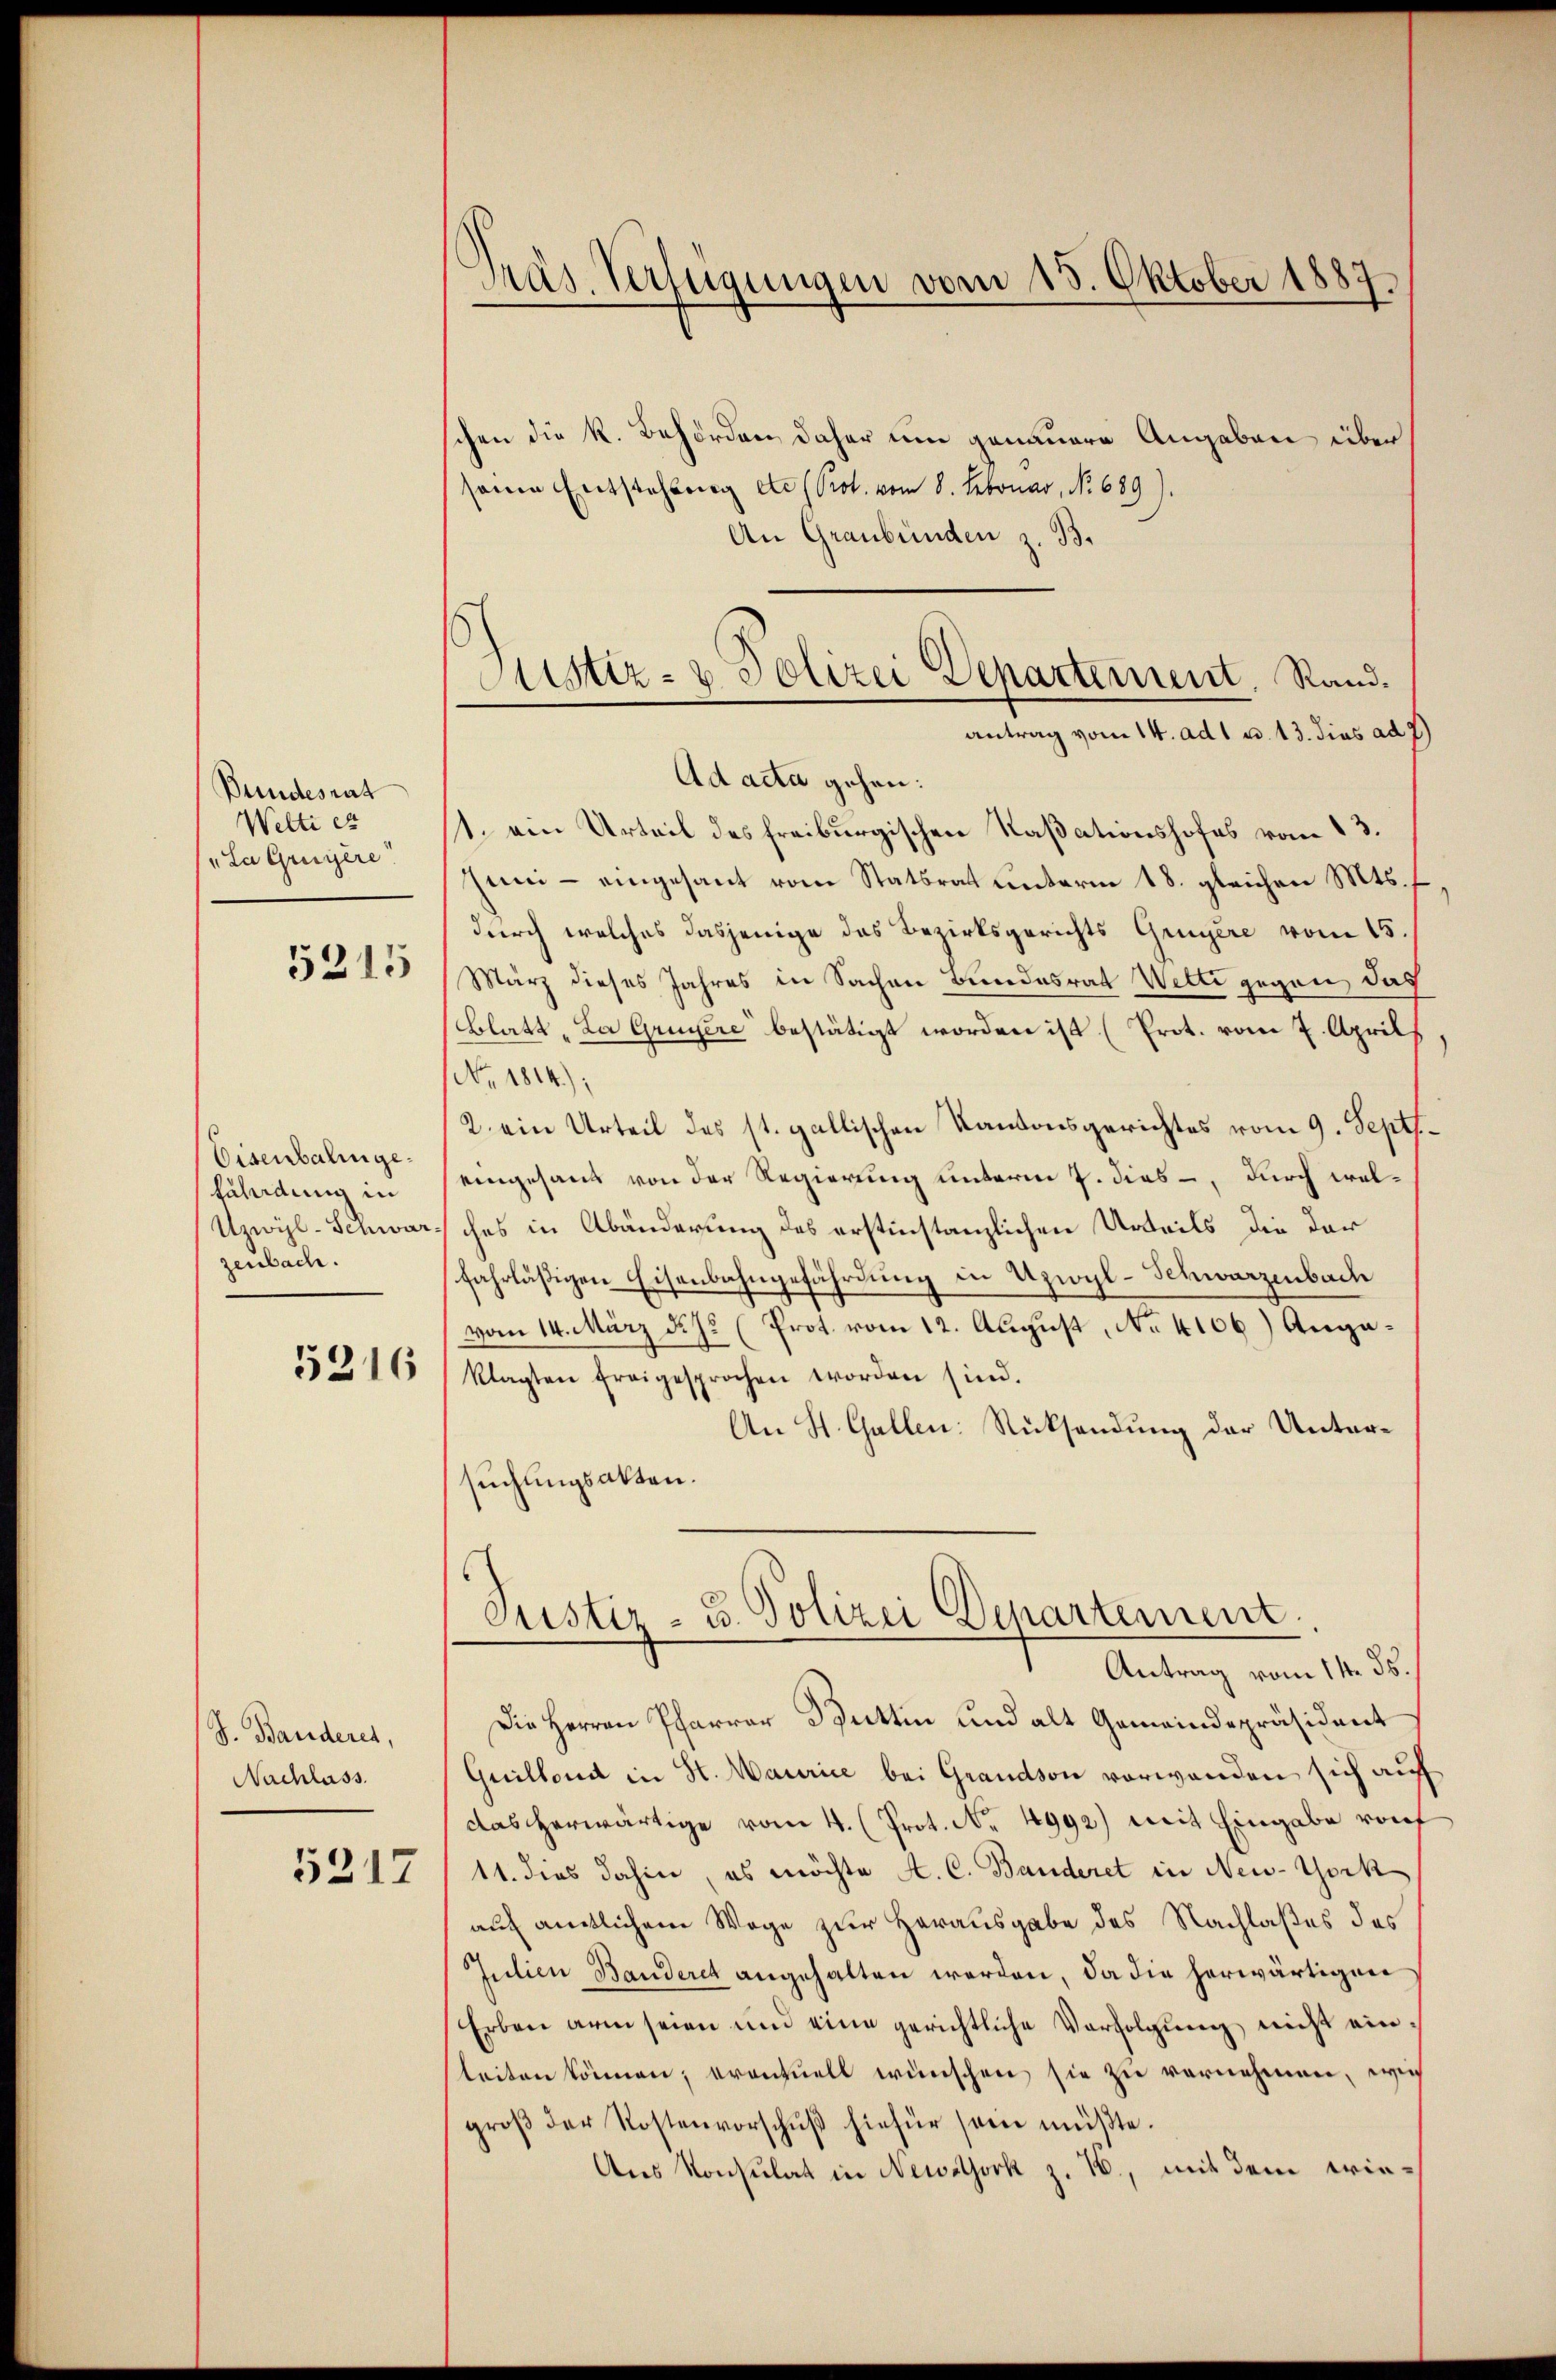
Bundesrat
Welti ex
La Gruyère!

5215

Eisenbalingefährdung in
Uzwyl-Schwar
zenbach.

5216

J. Banderes,
Nachlass.
5217

Präs. Verfügungen vom 15. Oktober 1887.

Sistiz- & Polizei Departement. Rand.
antrag vom 14. ad 1 u. 13. dies ad 7)

schen die k. Behörden daher um genauere Angaben über
seine Entstellung etc (Prot. vom 8. Februar, No 689).
An Graubünden z. B.
Ad acta gehen:
st. ein Urteil des freiburgischen Kaßationshofes vom 13.
Juni - eingesant vom Statsrat unterm 18. gleichen Mts. f
durch welches dasjenige das Bezirksgerichts Gruyère vom 15.
März dieses Jahres in Sachen Bundesrath Wette gegen das
Blatt „La Gruyère bestätigt worden ist (Prot. vom 7. Aprils,
NNo. 1814.);
2. ein Urteil des st. gallischen Kantonsgerichtes vom 9. Sept.
eingesand von der Regierung unterm 7. dies, durch welches in Abänderung des erstinstanzlichen Urteils die der
fahrläßigen Eisenbahngefährdung in Uzwyl-Schwarzenbach
vom 14. März d. J. (Prot. vom 12. August, No 4106) Angaklagten freigesprochen worden sind.
An St. Gallen: Rücksendung der Untersuchungsakten.
Justiz- u. Polizei Departement.
Antrag vom 14. ds.
Die Herren Pfarrer Büttin und alt Gemeindepräsident
Guillons in St. Maurice bei Grandson vorwanden sich auf
das herwärtige vom 4. (Prot. No. 4992) mit Eingabe vorf
11. dies dahin, es möchte A. C. Banderet in New-York
auf amtlichem Wege zur Herausgabe des Nachlaßes des
Julien Banderet angehalten werden, da die herwärtigen
Erbene arm seien und eine gerichtliche Verfolgung nicht einleiten können, eventuell wünschen sie zu vernehmen, wie
groβ der Kostenvorschŭβ hiefür sein müßte.
Ans Konsulat in Newstock z. B., mit dem wie¬